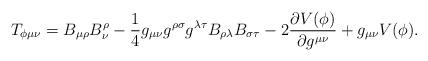
LaTeX: \begin{align*}T_{\phi\mu\nu}=B_{\mu\rho}B^\rho_\nu-\frac{1}{4}g_{\mu\nu}g^{\rho\sigma}g^{\lambda\tau}B_{\rho\lambda}B_{\sigma\tau}-2\frac{\partial V(\phi)}{\partial g^{\mu\nu}}+g_{\mu\nu}V(\phi).\end{align*}